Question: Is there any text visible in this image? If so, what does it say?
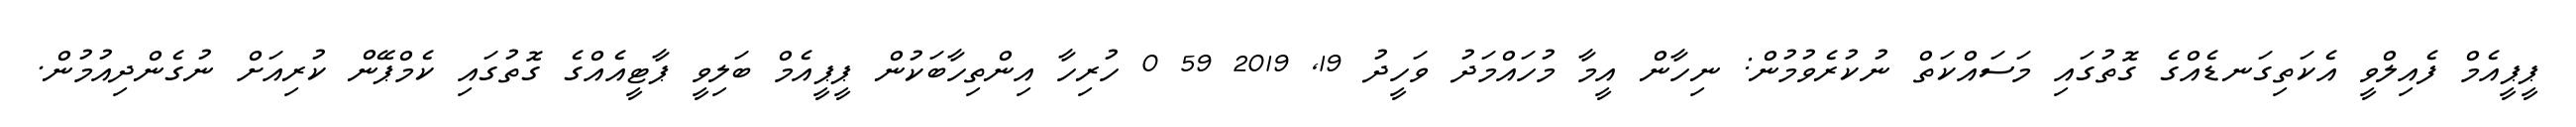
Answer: ޕީޕީއެމް ފެއިލްވީ އެކަތިގަނޑެއްގެ ގޮތުގައި މަސައްކަތް ނުކުރެވުމުން: ނިހާން އީމާ މުހައްމަދު ވަހީދު 19, 2019 59 0 ހުރިހާ އިންތިހާބަކުން ޕީޕީއެމް ބަލިވީ ޕާޓީއެއްގެ ގޮތުގައި ކެމްޕޭން ކުރިއަށް ނުގެންދިއުމުން.